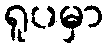
ရူပမှာ